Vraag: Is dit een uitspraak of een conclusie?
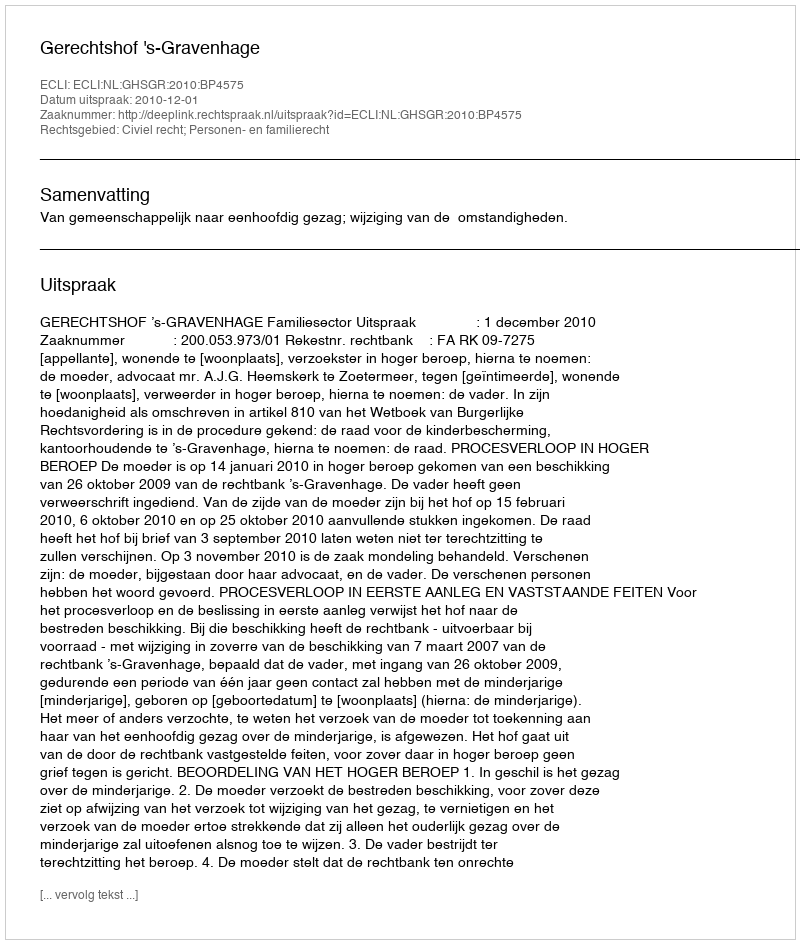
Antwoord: Uitspraak